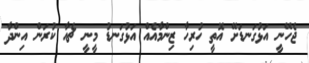
ޖެހޭނީ އަޅުގަނޑަށޭ އޮތީ ހުރިހާ ޒިންމާއެއް އަޅުގަނޑު މީނީ ޗެއާ ކުރަން އިންދާ